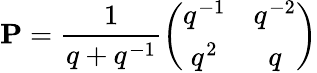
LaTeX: {\mathbf P}=\frac{1}{q+q^{-1}}\left(\begin{array}{cc}{{q^{-1}}}&{{q^{-2}}}\\ {{q^{2}}}&{{q}}\end{array}\right)